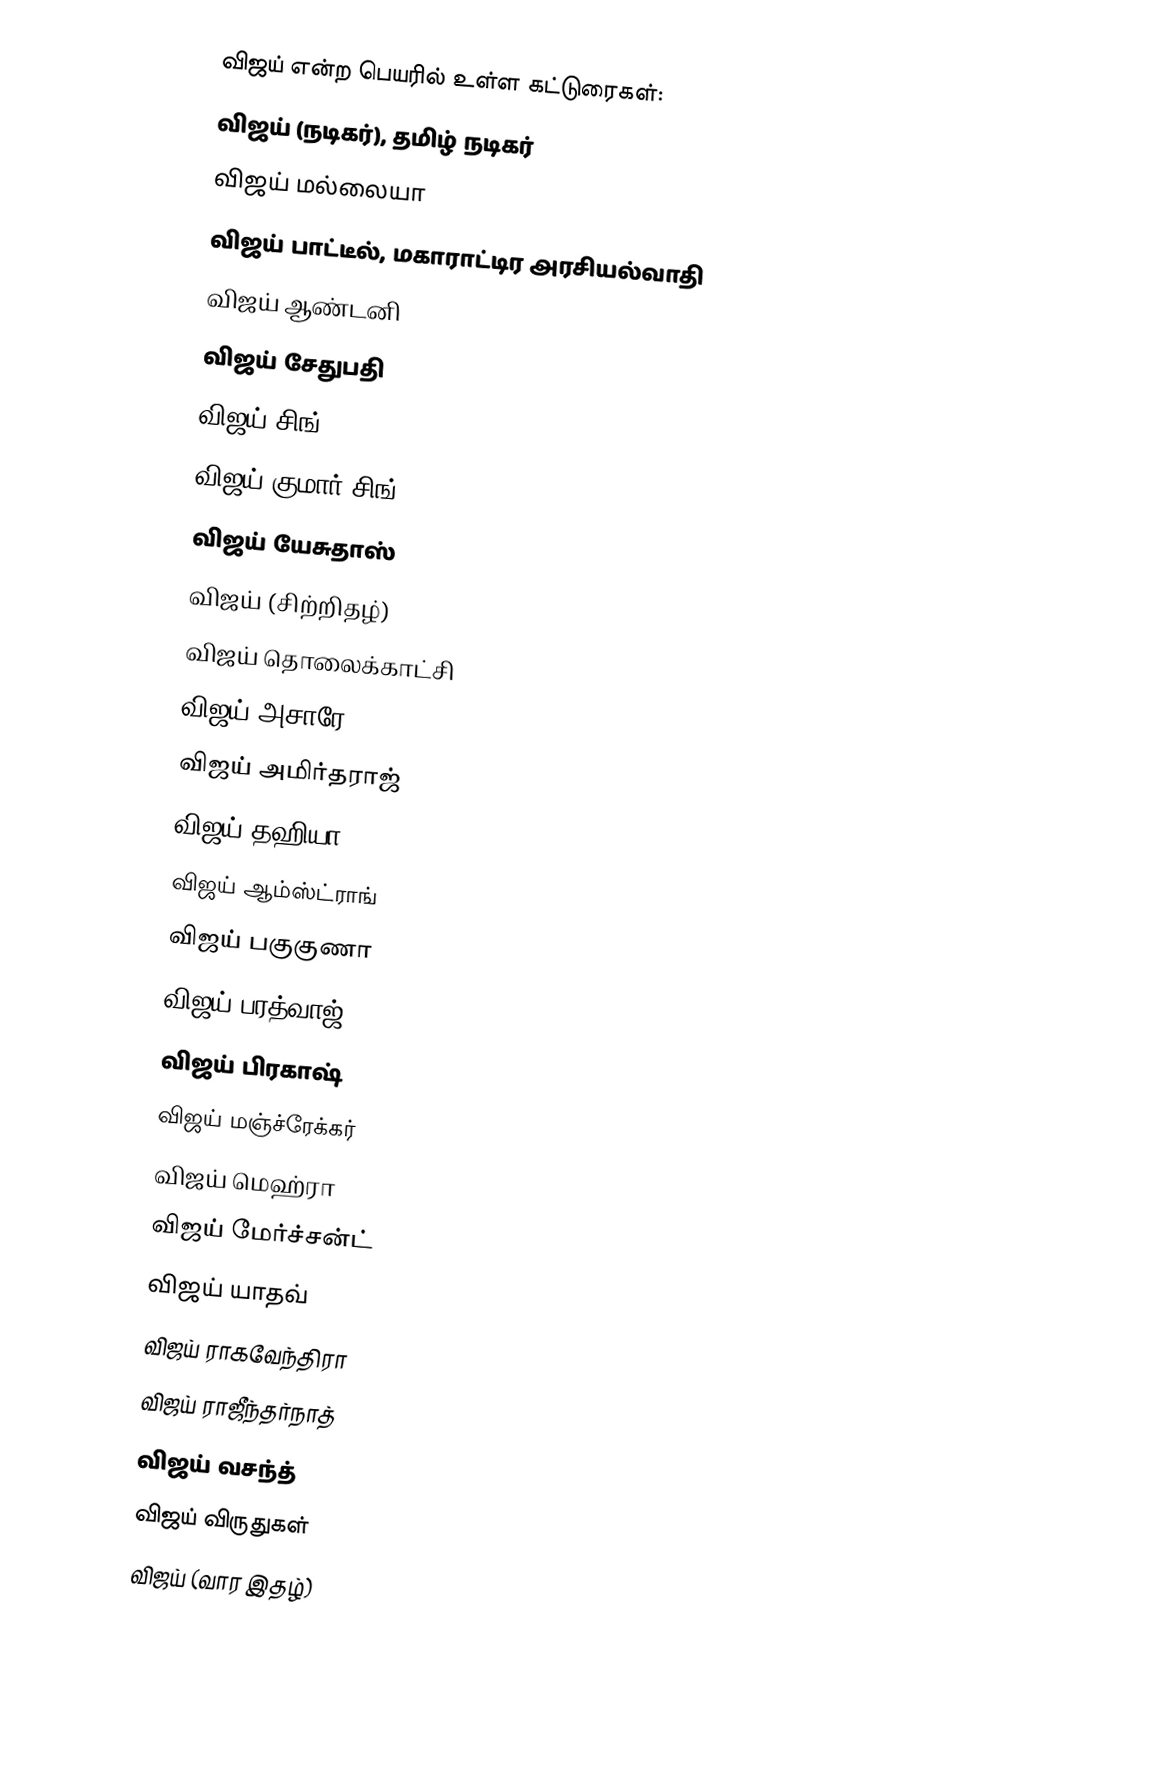
விஜய் என்ற பெயரில் உள்ள கட்டுரைகள்:
விஜய் (நடிகர்), தமிழ் நடிகர்
விஜய் மல்லையா
விஜய் பாட்டீல், மகாராட்டிர அரசியல்வாதி
விஜய் ஆண்டனி
விஜய் சேதுபதி
விஜய் சிங்
விஜய் குமார் சிங்
விஜய் யேசுதாஸ்
விஜய் (சிற்றிதழ்)
விஜய் தொலைக்காட்சி
விஜய் அசாரே
விஜய் அமிர்தராஜ்
விஜய் தஹியா
விஜய் ஆம்ஸ்ட்ராங்
விஜய் பகுகுணா
விஜய் பரத்வாஜ்
விஜய் பிரகாஷ்
விஜய் மஞ்ச்ரேக்கர்
விஜய் மெஹ்ரா
விஜய் மேர்ச்சன்ட்
விஜய் யாதவ்
விஜய் ராகவேந்திரா
விஜய் ராஜீந்தர்நாத்
விஜய் வசந்த்
விஜய் விருதுகள்
விஜய் (வார இதழ்)